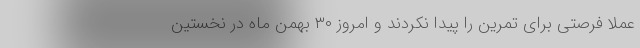
عملا فرصتی برای تمرین را پیدا نکردند و امروز ۳۰ بهمن ماه در نخستین